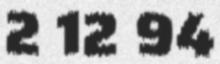
2 12 94